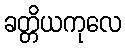
ခတ္တိယကုလေ